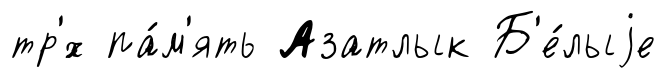
тр'́х па́м'ять Азатлык Б'е́лыjе